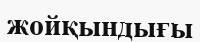
жойқындығы